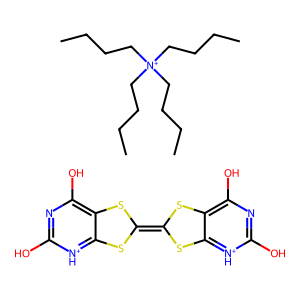
SMILES: CCCC[N+](CCCC)(CCCC)CCCC.Oc1nc(O)c2c([nH+]1)SC(=C1Sc3[nH+]c(O)nc(O)c3S1)S2
Inhibits HIV replication: No